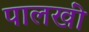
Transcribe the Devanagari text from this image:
पालखीं